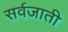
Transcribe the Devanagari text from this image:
सर्वजाती